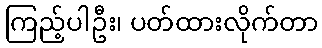
ကြည့်ပါဦး၊ ပတ်ထားလိုက်တာ